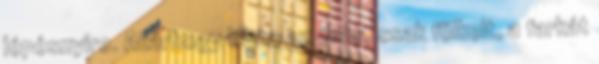
lépésnyire. Akárhogy hívta az órás, csak fölkelt, a farkát